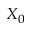
X _ { 0 }